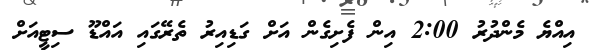
އިއްޔެ މެންދުރު 2:00 އިން ފެށިގެން އަށް ގަޑިއިރު ތެރޭގައި އައްޑޫ ސިޓީއަށް